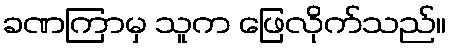
ခဏကြာမှ သူက ဖြေလိုက်သည်။